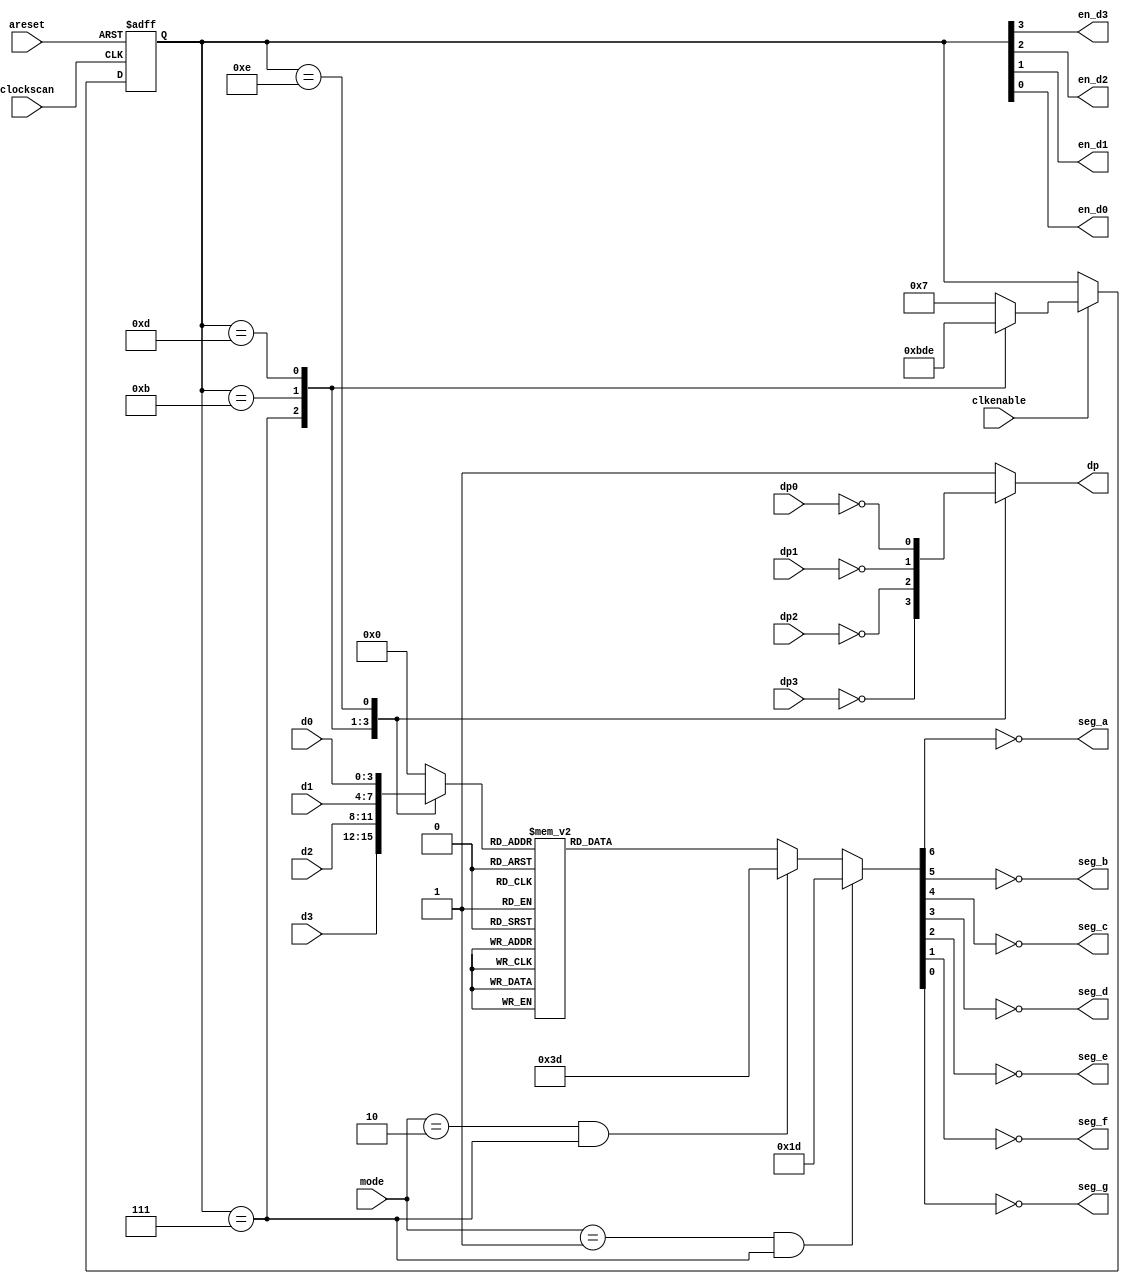
`timescale 1ns/1ns



module disp7seg(clockscan, areset, clkenable,
                 mode,
                 d3, d2, d1, d0, 
                 dp3, dp2, dp1, dp0,
                 dp, seg_a, seg_b, seg_c, seg_d, seg_e, seg_f, seg_g,
                 en_d3, en_d2, en_d1, en_d0 );
                 
input       clockscan, areset;
input       clkenable;
input [1:0] mode; // define o modo de organizao do display (ver abaixo)
input [3:0] d3, d2, d1, d0;
input       dp3, dp2, dp1, dp0;
output      dp, seg_a, seg_b, seg_c, seg_d, seg_e, seg_f, seg_g;
output      en_d3, en_d2, en_d1, en_d0;
reg         dp;

reg    [3:0] out_display;
reg    [3:0] en_disp;


reg    [6:0] segments;


assign en_d3 = en_disp[3];
assign en_d2 = en_disp[2];
assign en_d1 = en_disp[1];
assign en_d0 = en_disp[0];


assign seg_a = ~segments[6];
assign seg_b = ~segments[5];
assign seg_c = ~segments[4];
assign seg_d = ~segments[3];
assign seg_e = ~segments[2];
assign seg_f = ~segments[1];
assign seg_g = ~segments[0];


// hex to 7-segment decoder
always @( out_display )
begin
  if ( mode == 2'b01 && en_disp == 4'b0111 ) // mostra 'o' em D3 (indica octal)
  begin
    segments = 7'b0011101; 
  end
  else
  if ( mode == 2'b10 && en_disp == 4'b0111 ) // mostra 'd' em D3 (indica decimal)
  begin
    segments = 7'b0111101; 
  end
  else
  case ( out_display )
    4'b0000: begin
               segments = 7'b1111110;
             end
    4'b0001: begin
               segments = 7'b0110000;
             end
    4'b0010: begin
               segments = 7'b1101101;
             end
    4'b0011: begin
               segments = 7'b1111001;
             end
    4'b0100: begin
               segments = 7'b0110011;
             end
    4'b0101: begin
               segments = 7'b1011011;
             end
    4'b0110: begin
               segments = 7'b1011111;
             end
    4'b0111: begin
               segments = 7'b1110000;
             end
    4'b1000: begin
               segments = 7'b1111111;
             end
    4'b1001: begin
               segments = 7'b1111011;
             end             
    4'b1010: begin
               segments = 7'b1110111;
             end
    4'b1011: begin
               segments = 7'b0011111;
             end
    4'b1100: begin
               segments = 7'b0001101;
             end
    4'b1101: begin
               segments = 7'b0111101;
             end
    4'b1110: begin
               segments = 7'b1001111;
             end
    4'b1111: begin
               segments = 7'b1000111;
             end
  endcase
end


// output multiplexer
always @( en_disp or d0 or d1 or d2 or d3 or dp3 or dp2 or dp1 or dp0)
begin
  casex ( en_disp )
    4'b0111: begin
               out_display = d3;
               dp = ~dp3;
             end
    4'b1011: begin
               out_display = d2;
               dp = ~dp2;
             end
    4'b1101: begin
               out_display = d1;
               dp = ~dp1;
             end
    4'b1110: begin
               out_display = d0;
               dp = ~dp0;
             end
    default: begin
               out_display = 4'b0000;
               dp = 1'b1;
             end
  endcase
end


// display scan
always @(posedge clockscan or posedge areset)
begin
  if ( areset )
  begin
    en_disp <= 4'b0111;
  end
  else
  if ( clkenable )
  begin
    case ( en_disp )
      4'b0111: en_disp <= 4'b1011;
      4'b1011: en_disp <= 4'b1101;
      4'b1101: en_disp <= 4'b1110;
      4'b1110: en_disp <= 4'b0111;
      default: en_disp <= 4'b0111;
    endcase
  end
end

endmodule